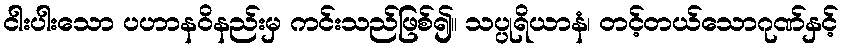
ငါးပါးသော ပဟာနဝိနည်းမှ ကင်းသည်ဖြစ်၍။ သပ္ပုရိယာနံ၊ တင့်တယ်သောဂုဏ်နှင့်